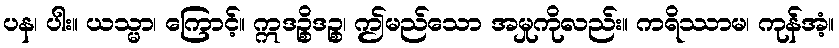
ပန၊ ပါး။ ယသ္မာ၊ ကြောင့်။ ဣဒဉ္စိဒဉ္စ၊ ဤမည်သော အမှုကိုလည်း။ ကရိဿာမ၊ ကုန်အံ့။